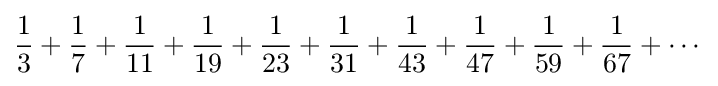
{\frac {1}{3}}+{\frac {1}{7}}+{\frac {1}{11}}+{\frac {1}{19}}+{\frac {1}{23}}+{\frac {1}{31}}+{\frac {1}{43}}+{\frac {1}{47}}+{\frac {1}{59}}+{\frac {1}{67}}+\cdots